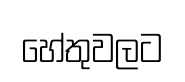
හේතුවලට